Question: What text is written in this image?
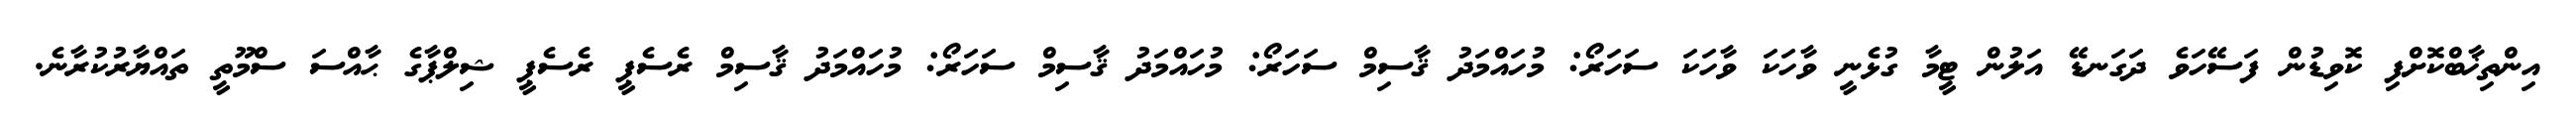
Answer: އިންތިޚާބްކޮށްފި ކޮވިޑުން ފަސޭހަވެ ދަގަނޑޭ އަލުން ޓީމާ ގުޅެނީ ވާހަކަ ވާހަކަ ސަހަރޯ: މުހައްމަދު ޤާސިމް ސަހަރޯ: މުހައްމަދު ޤާސިމް ސަހަރޯ: މުހައްމަދު ޤާސިމް ރެސެޕީ ރެސެޕީ ޝިލްޕާގެ ޙާއްސަ ސްމޫތީ ތައްޔާރުކުރާނެ.